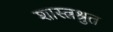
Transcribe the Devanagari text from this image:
शास्त्रश्रुत